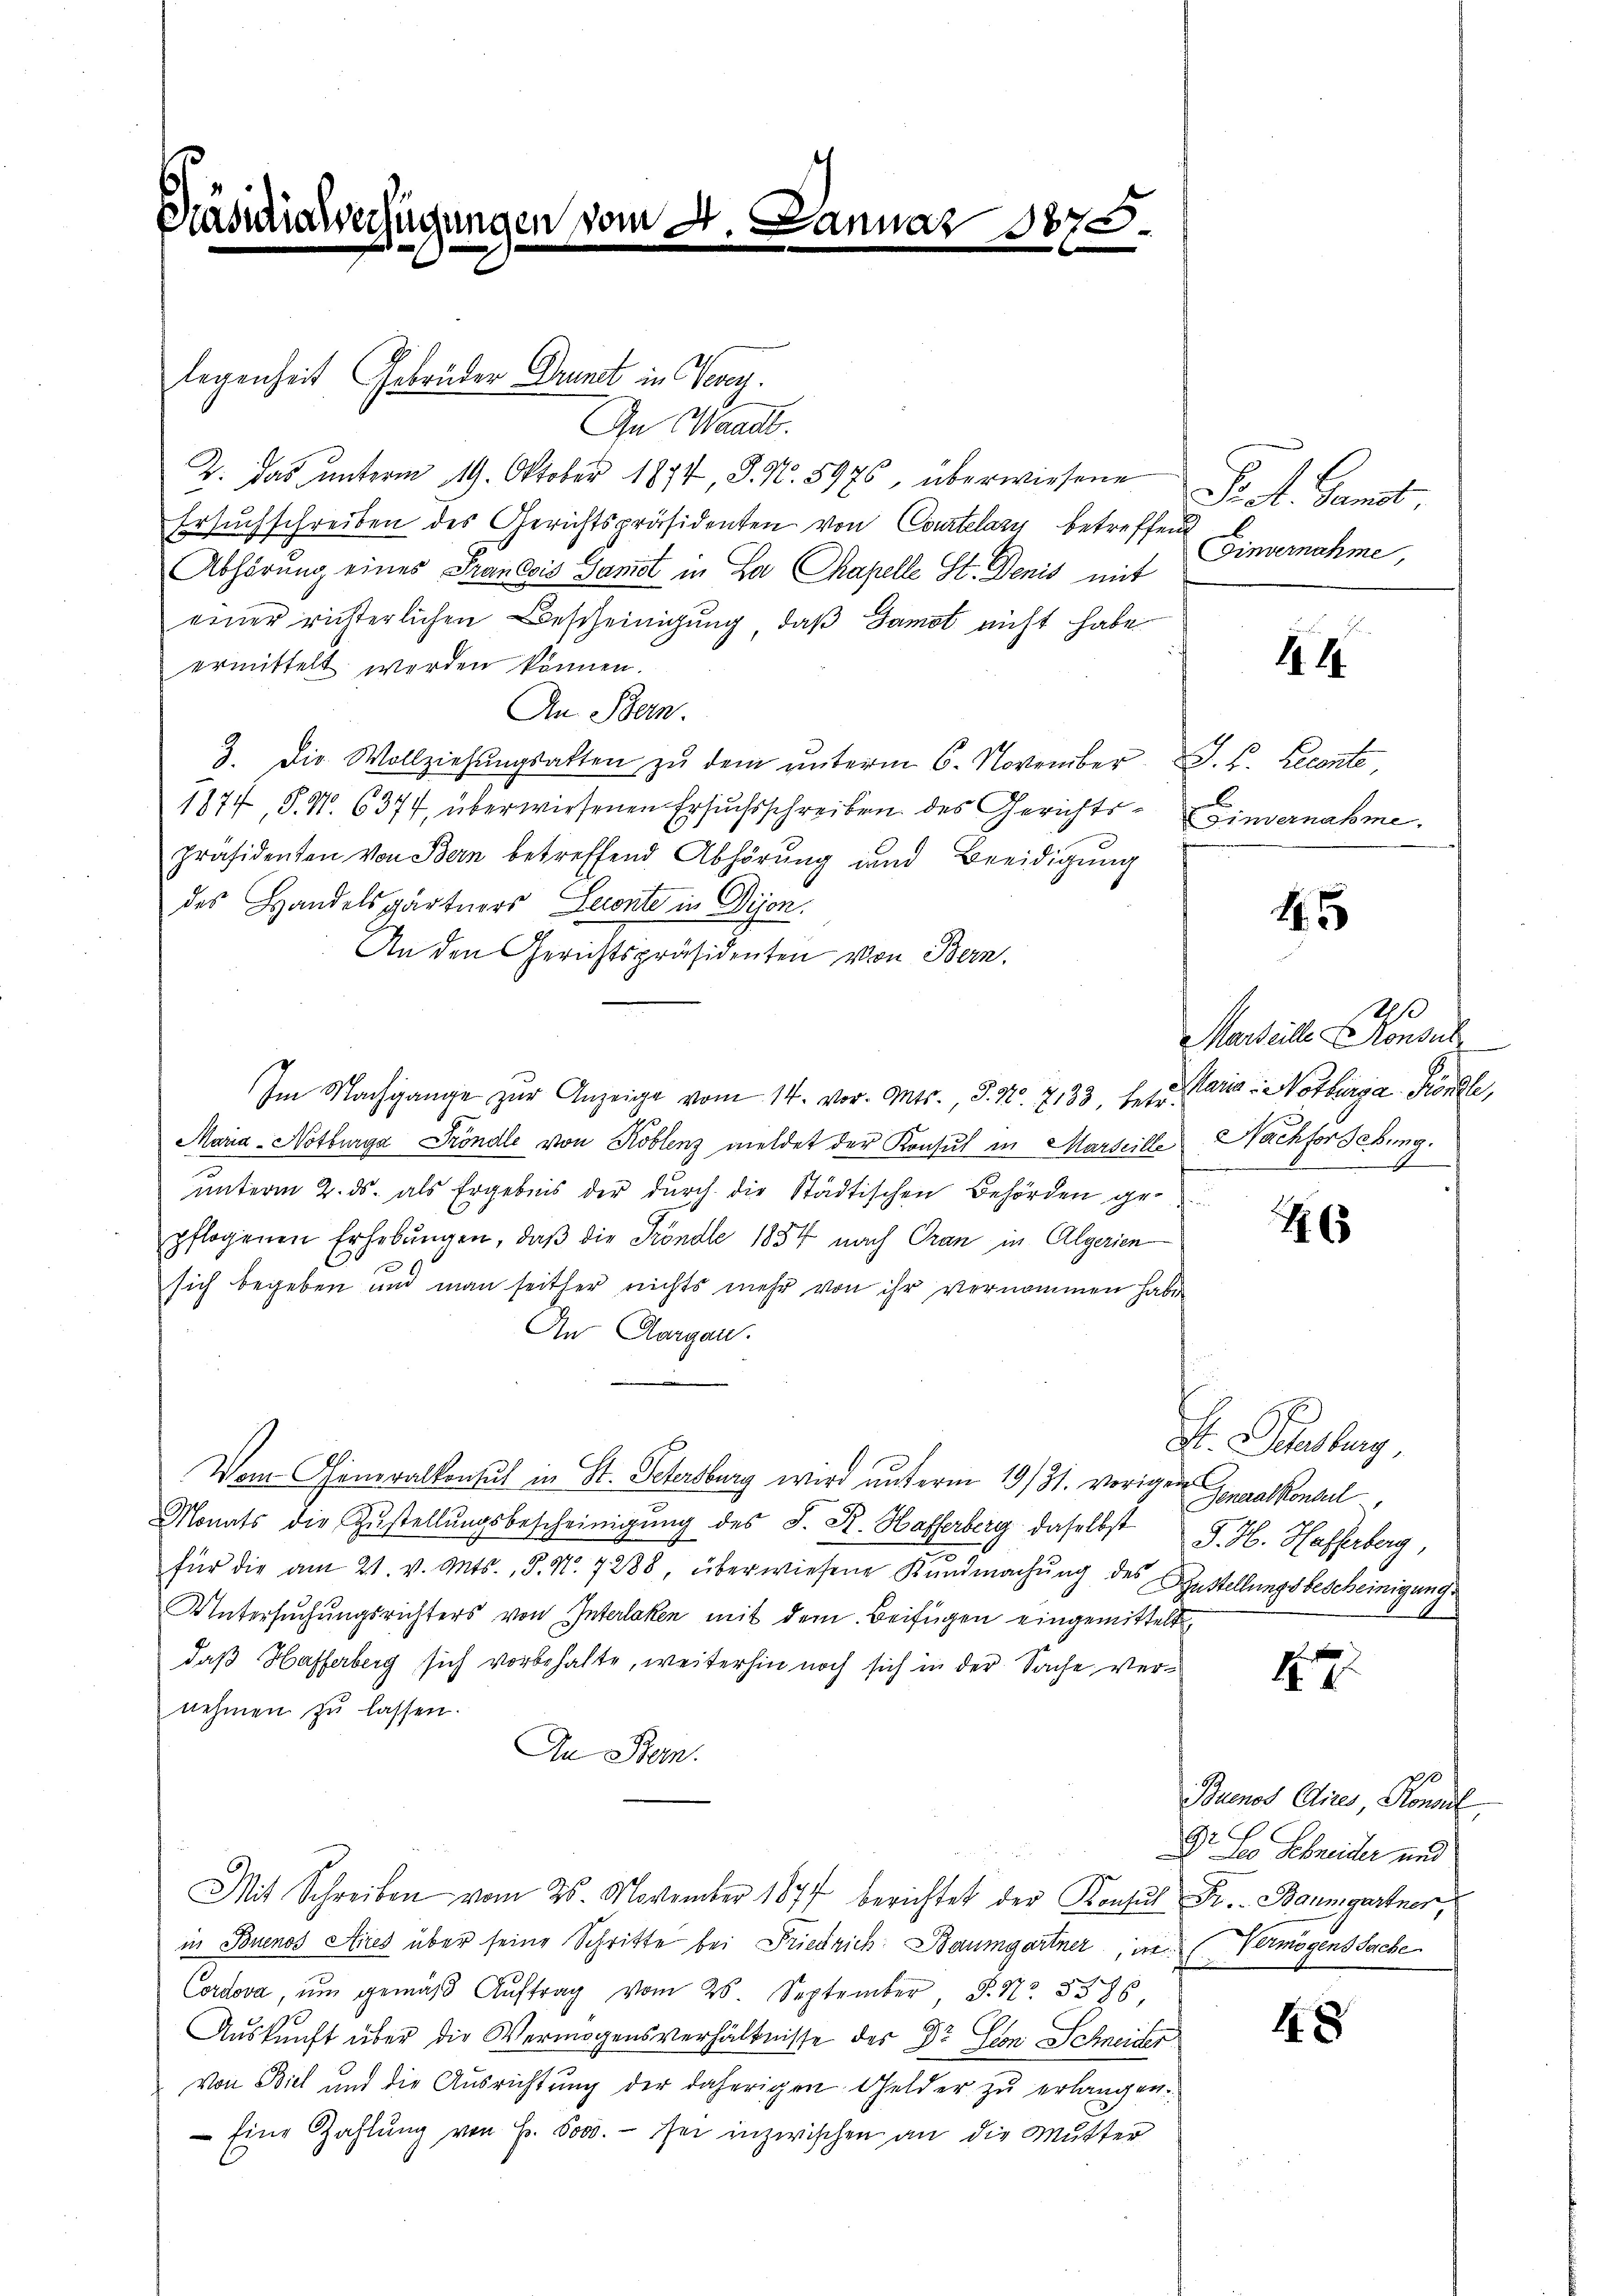
Beifügungen vom 8. Januar 1875.

legenheit Gebrüder Drunct in Vevey.
In Waadt.
2. Das unterm 19. Oktober 1874, J. N. 5976, überwiesene
Ersuchschreiben des Gerichtspräsidenten von Courtelary betreffend
Abhörung eines Francois Ganot in La Chapelle St. Denis mit
einer ritterlichen Bescheinigung, daß Jamot nicht habe
ermittelt werden können.
An Bern.
3. Die Wollziehŭngsakten zŭ dem ŭnterm 6. November J. B. Recente,
1877, P. Nr. 6377, überwiesenen Ersuchsschreiben des Gerichtspräsidenten von Bern betreffend Abhörung und Beeidigung
des Handelsgärtners Serente in Dijon.
An den Gerichtspräsidenten von Bern.
Im Nachgange zur Anzeige vom 14. vor. Ants., P. Nr. 7133, betr. Maria, Nothurga Böndle,
Maria-Notburga Tröndle von Koblenz meldet der Konsul in Marseille Nachforsebung.
unterm 2. ds. als Ergebnis der durch die Städtischen Behörden gepflogenen Erhebŭngen, daβ die Kröndle 1854 nach Gran in Algerien
sich begeben und man seither nichts mehr von ihr vernommen habe
An Aargau.
Vom Generalkonsul in St. Petersburg wird unterm 19/31. vorigen Generalkonseil,
Monats die Zustellŭngsbescheinigung des J. R. Hafferberg daselbst G. H. Hasserberg,
für die am 21. v. Mts., S. Nr. 7288, überwiesene Kŭndmachŭng des Sustellungsbescheinigung.
Untersuchungsrichters von Interlaken mit dem Beifügen eingemittelt
daß Hafferberg sich vorbehalte, weiterhin noch sich in der Sache vernehmen zŭ lassen.
An Bern.
Mit Schreiben vom 26. November 1877 berichtet der Konsul Fr. Baumgartner,
in Buenos Aires über seine Schritte bei Friedrich-Baumgartner, in Vermögens Sache
Cordova ŭm gemäβ Aŭftrag vom 26. September, 3. No. 5386
Auskunft über die Vermögensverhältnisse des Dr. Gion Schneider
Von Biel und die Ausrichtung der daherigen Gelder zu erlangen.
 Eine Zahlung von Fr. 6000. - sei inzwischen an die Mutter

Pact. Gant
Einvernahme,

111.

Einvernahme.

45

2
Marseille Konsul

6

Dr. Landberg

4. 2

Buenos Aires, Konsul
Dr. Leo Schreider und

48